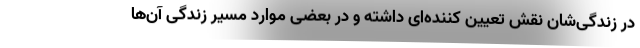
در زندگی‌شان نقش تعیین کننده‌ای داشته و در بعضی موارد مسیر زندگی آن‌ها